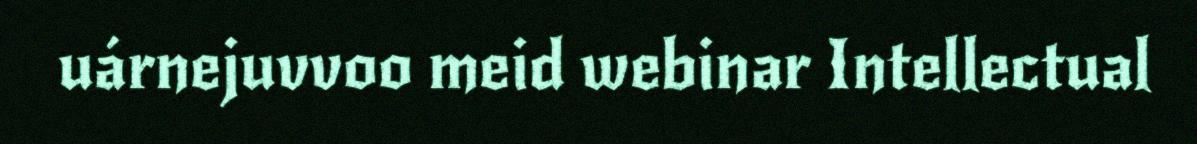
uárnejuvvoo meid webinar Intellectual